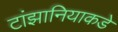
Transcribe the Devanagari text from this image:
टांझानियाकडे